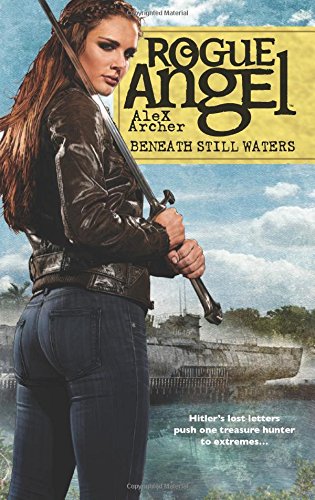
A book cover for Beneath Still Waters (Rogue Angel); Alex Archer; Literature & Fiction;